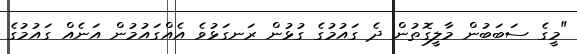
"މީގެ ސަބަބުން މާލީގޮތުން ދެ ގައުމުގެ ގުޅުން ރަނގަޅުވެ އެއްގައުމުން އަނެއް ގައުމުގެ